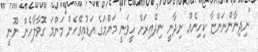
"ނިދިނާންނަންޏާ ކިހިނެއް ނިދާނީ ނިދޭއިރަށް ހީވަނީ މަންމަގެ އަޑުއިވޭހެން މަންމަ ގޮވާލާހެން ނޫނީ